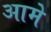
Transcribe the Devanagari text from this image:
आमे